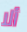
ألا